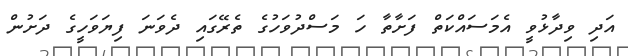
އަދި ވިދާޅުވީ އެމަސައްކަތް ފަށާތާ ހަ މަސްދުވަހުގެ ތެރޭގައި ދެވަނަ ފިޔަވަހީގެ ދަށުން